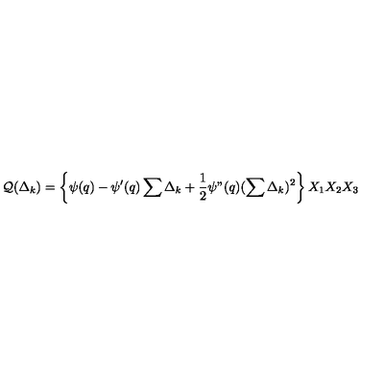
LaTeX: { \cal Q } ( \Delta _ { k } ) = \left\{ \psi ( q ) - \psi ^ { \prime } ( q ) \sum \Delta _ { k } + \frac { 1 } { 2 } \psi " ( q ) ( \sum \Delta _ { k } ) ^ { 2 } \right\} X _ { 1 } X _ { 2 } X _ { 3 }